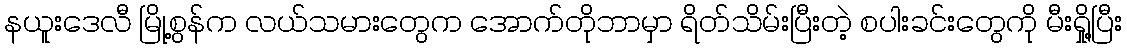
နယူးဒေလီ မြို့စွန်က လယ်သမားတွေက အောက်တိုဘာမှာ ရိတ်သိမ်းပြီးတဲ့ စပါးခင်းတွေကို မီးရှို့ပြီး